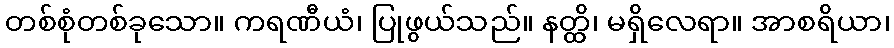
တစ်စုံတစ်ခုသော။ ကရဏီယံ၊ ပြုဖွယ်သည်။ နတ္ထိ၊ မရှိလေရာ။ အာစရိယာ၊